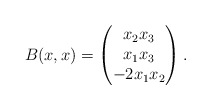
\begin{align*}B(x,x) =\begin{pmatrix}x_2x_3 \\ x_1x_3 \\ -2 x_1 x_2\end{pmatrix}. \end{align*}